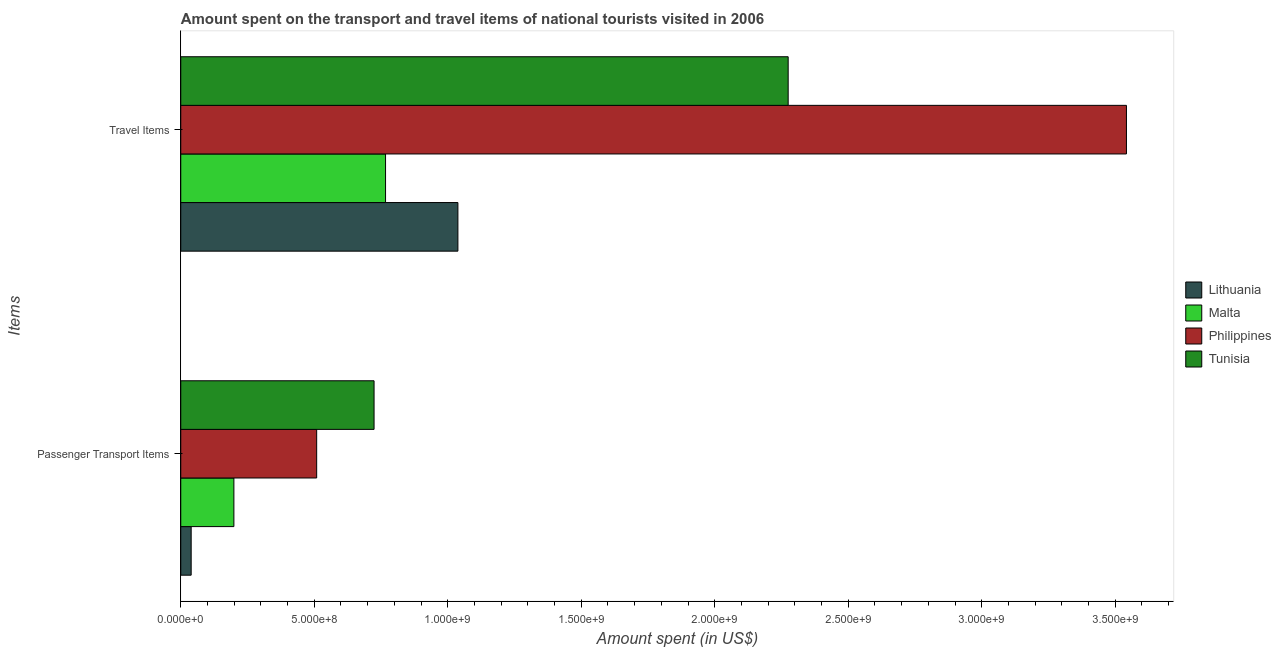
| Items | Lithuania | Malta | Philippines | Tunisia |
 | --- | --- | --- | --- | --- |
 | Passenger Transport Items | 3.9e+07 | 1.99e+08 | 5.09e+08 | 7.24e+08 |
 | Travel Items | 1.04e+09 | 7.67e+08 | 3.54e+09 | 2.28e+09 |